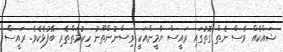
ޝައްކެއް ވެސް ނެތް ގޮތުގައި ރައީސް ޔާމީންއަކީ ވިސްނުންތޫނު ހިކުމަތްތެރި ބޭފުޅެކެވެ. ރައީސް